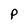
Character: P